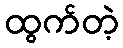
ထွက်တဲ့